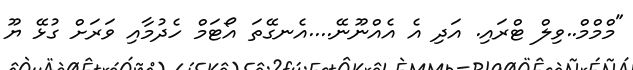
"މްމްމް..ވިލް ޓްރައި. އަދި އެ އެއްނޫނޭ....އެނގޭތަ އޯޓަމް ހެދުމާއި ވަރަށް ގުޅޭ ޔޫ